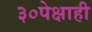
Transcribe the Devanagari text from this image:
३०पेक्षाही